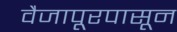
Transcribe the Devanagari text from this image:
वैजापूरपासून